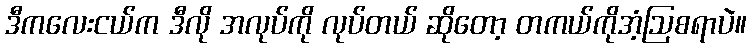
ဒီကလေးငယ်က ဒီလို အလုပ်ကို လုပ်တယ် ဆိုတော့ တကယ်ကိုအံ့ဩစရာပဲ။